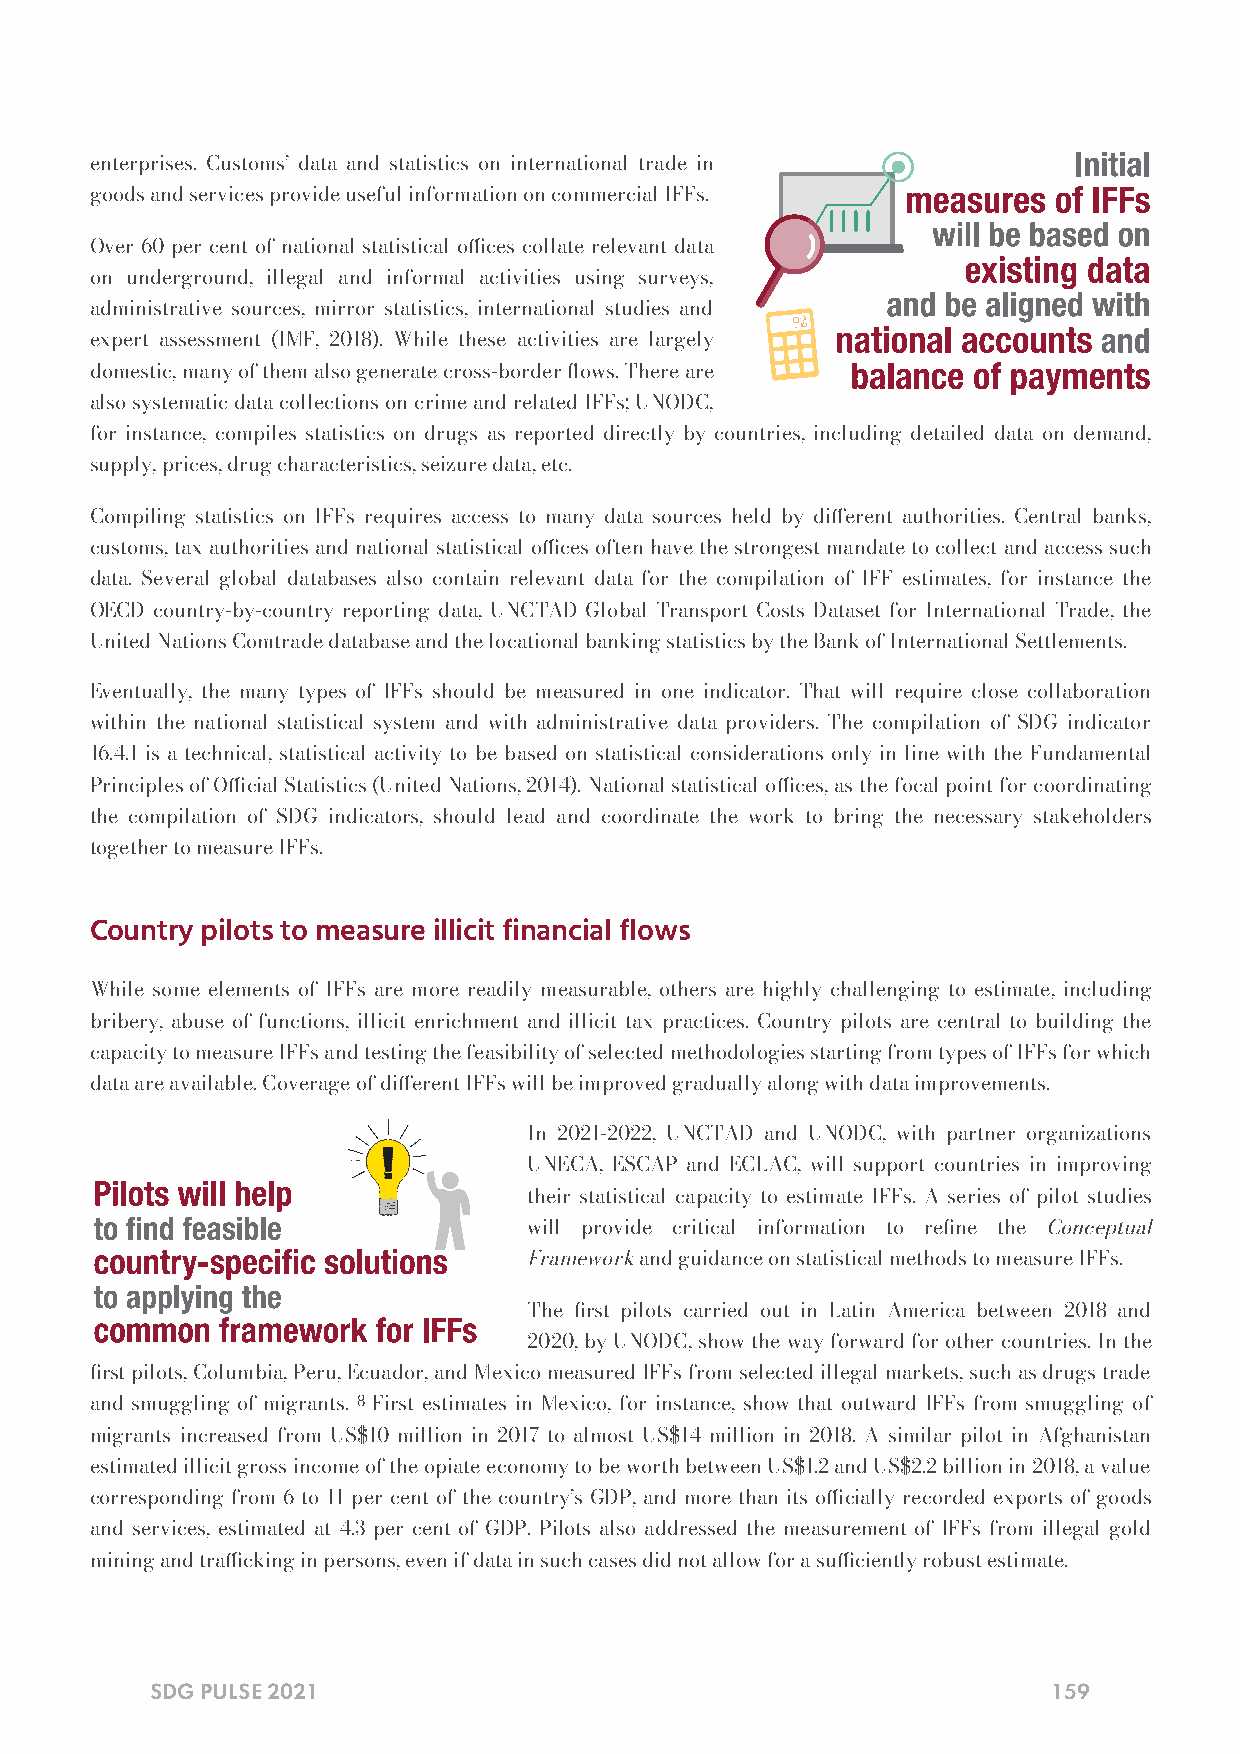
enterprises. Customs’ data and statistics on international trade in
 goods and services provide useful information on commercial IFFs.
 Over 60 per cent of national statistical oces collate relevant data
 on underground, illegal and informal activities using surveys,
 administrative sources, mirror statistics, international studies and
 expert assessment (IMF, 2018). While these activities are largely
 domestic, many of them also generate cross-border ows. There are
 also systematic data collections on crime and related IFFs; UNODC,
 for instance, compiles statistics on drugs as reported directly by countries, including detailed data on demand,
 supply, prices, drug characteristics, seizure data, etc.
 Compiling statistics on IFFs requires access to many data sources held by dierent authorities. Central banks,
 customs, tax authorities and national statistical oces often have the strongest mandate to collect and access such
 data. Several global databases also contain relevant data for the compilation of IFF estimates, for instance the
 OECD country-by-country reporting data, UNCTAD Global Transport Costs Dataset for International Trade, the
 United Nations Comtrade database and the locational banking statistics by the Bank of International Settlements.
 Eventually, the many types of IFFs should be measured in one indicator. That will require close collaboration
 within the national statistical system and with administrative data providers. The compilation of SDG indicator
 16.4.1 is a technical, statistical activity to be based on statistical considerations only in line with the Fundamental
 Principles of Ocial Statistics (United Nations, 2014). National statistical oces, as the focal point for coordinating
 the compilation of SDG indicators, should lead and coordinate the work to bring the necessary stakeholders
 together to measure IFFs.
 Country pilots to measure illicit financial flows
 While some elements of IFFs are more readily measurable, others are highly challenging to estimate, including
 bribery, abuse of functions, illicit enrichment and illicit tax practices. Country pilots are central to building the
 capacity to measure IFFs and testing the feasibility of selected methodologies starting from types of IFFs for which
 data are available. Coverage of dierent IFFs will be improved gradually along with data improvements.
 In 2021-2022, UNCTAD and UNODC, with partner organizations
 UNECA, ESCAP and ECLAC, will support countries in improving
 their statistical capacity to estimate IFFs. A series of pilot studies
 will provide critical information to rene the Conceptual
 Framework and guidance on statistical methods to measure IFFs.
 The rst pilots carried out in Latin America between 2018 and
 2020, by UNODC, show the way forward for other countries. In the
 rst pilots, Columbia, Peru, Ecuador, and Mexico measured IFFs from selected illegal markets, such as drugs trade
 and smuggling of migrants. 8 First estimates in Mexico, for instance, show that outward IFFs from smuggling of
 migrants increased from US$10 million in 2017 to almost US$14 million in 2018. A similar pilot in Afghanistan
 estimated illicit gross income of the opiate economy to be worth between US$1.2 and US$2.2 billion in 2018, a value
 corresponding from 6 to 11 per cent of the country’s GDP, and more than its ocially recorded exports of goods
 and services, estimated at 4.3 per cent of GDP. Pilots also addressed the measurement of IFFs from illegal gold
 mining and tracking in persons, even if data in such cases did not allow for a suciently robust estimate.
 SDG PULSE 2021                                              159